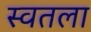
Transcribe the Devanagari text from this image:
स्वतला